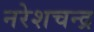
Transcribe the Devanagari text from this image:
नरेशचन्द्र